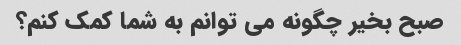
صبح بخیر چگونه می توانم به شما کمک کنم؟